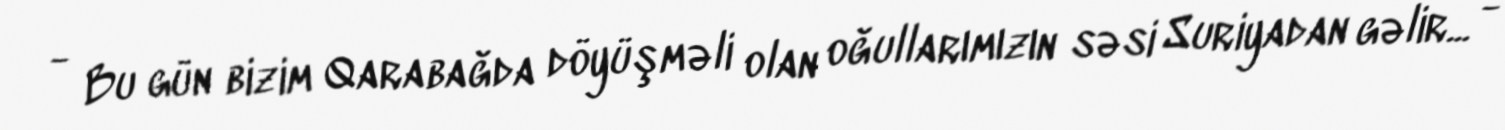
- Bu gün bizim Qarabağda döyüşməli olan oğullarımızın səsi Suriyadan gəlir... -